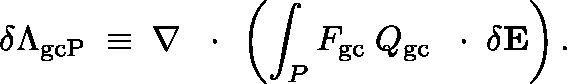
\delta \Lambda _ { \mathrm { g c P } } \; \equiv \; \nabla \, \mathrm { ~ \boldmath ~ \cdot ~ } \, \left( \int _ { P } F _ { \mathrm { g c } } \; \mathbb { Q } _ { \mathrm { g c } } \, \mathrm { ~ \boldmath ~ \cdot ~ } \, \delta { \bf E } \right) .